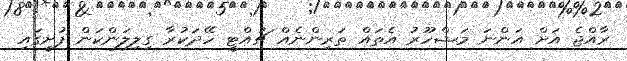
ރާއްޖެ އަށް އަންނަ މަޝްހޫރު އެތައް ތަރިންނެއް ޗުއްޓީ ހޭދަކުރާ ގިލިލަންކަން ފުށީގައި